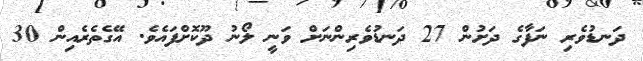
ދަނޑުވެރި ނަފާގެ ދަށުން 27 ދަނޑުވެރިންނަށް ވަނީ ލޯނު ދޫކޮށްފައެވެ. އޭގެތެރެއިން 30